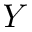
Y